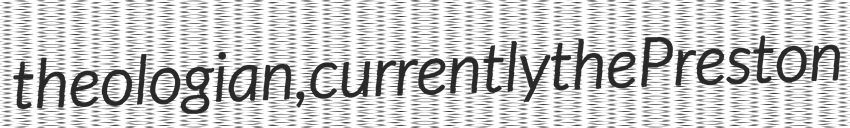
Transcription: theologian, currently the Preston